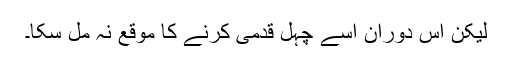
لیکن اس دوران اسے چہل قدمی کرنے کا موقع نہ مل سکا۔